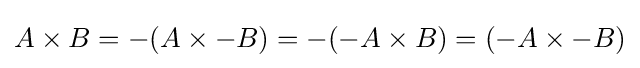
A\times B=-(A\times -B)=-(-A\times B)=(-A\times -B)